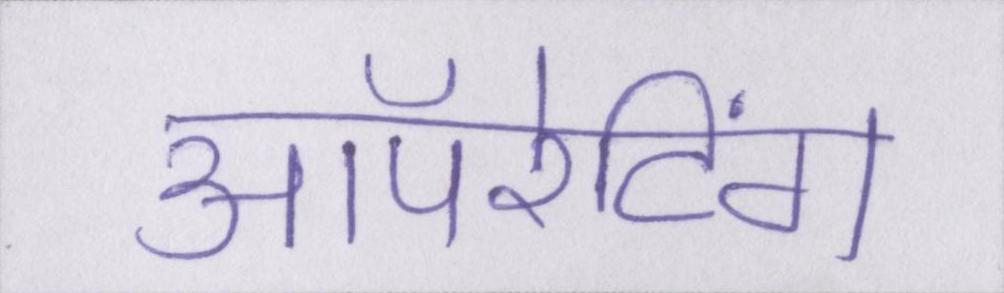
ऑपरेटिंग